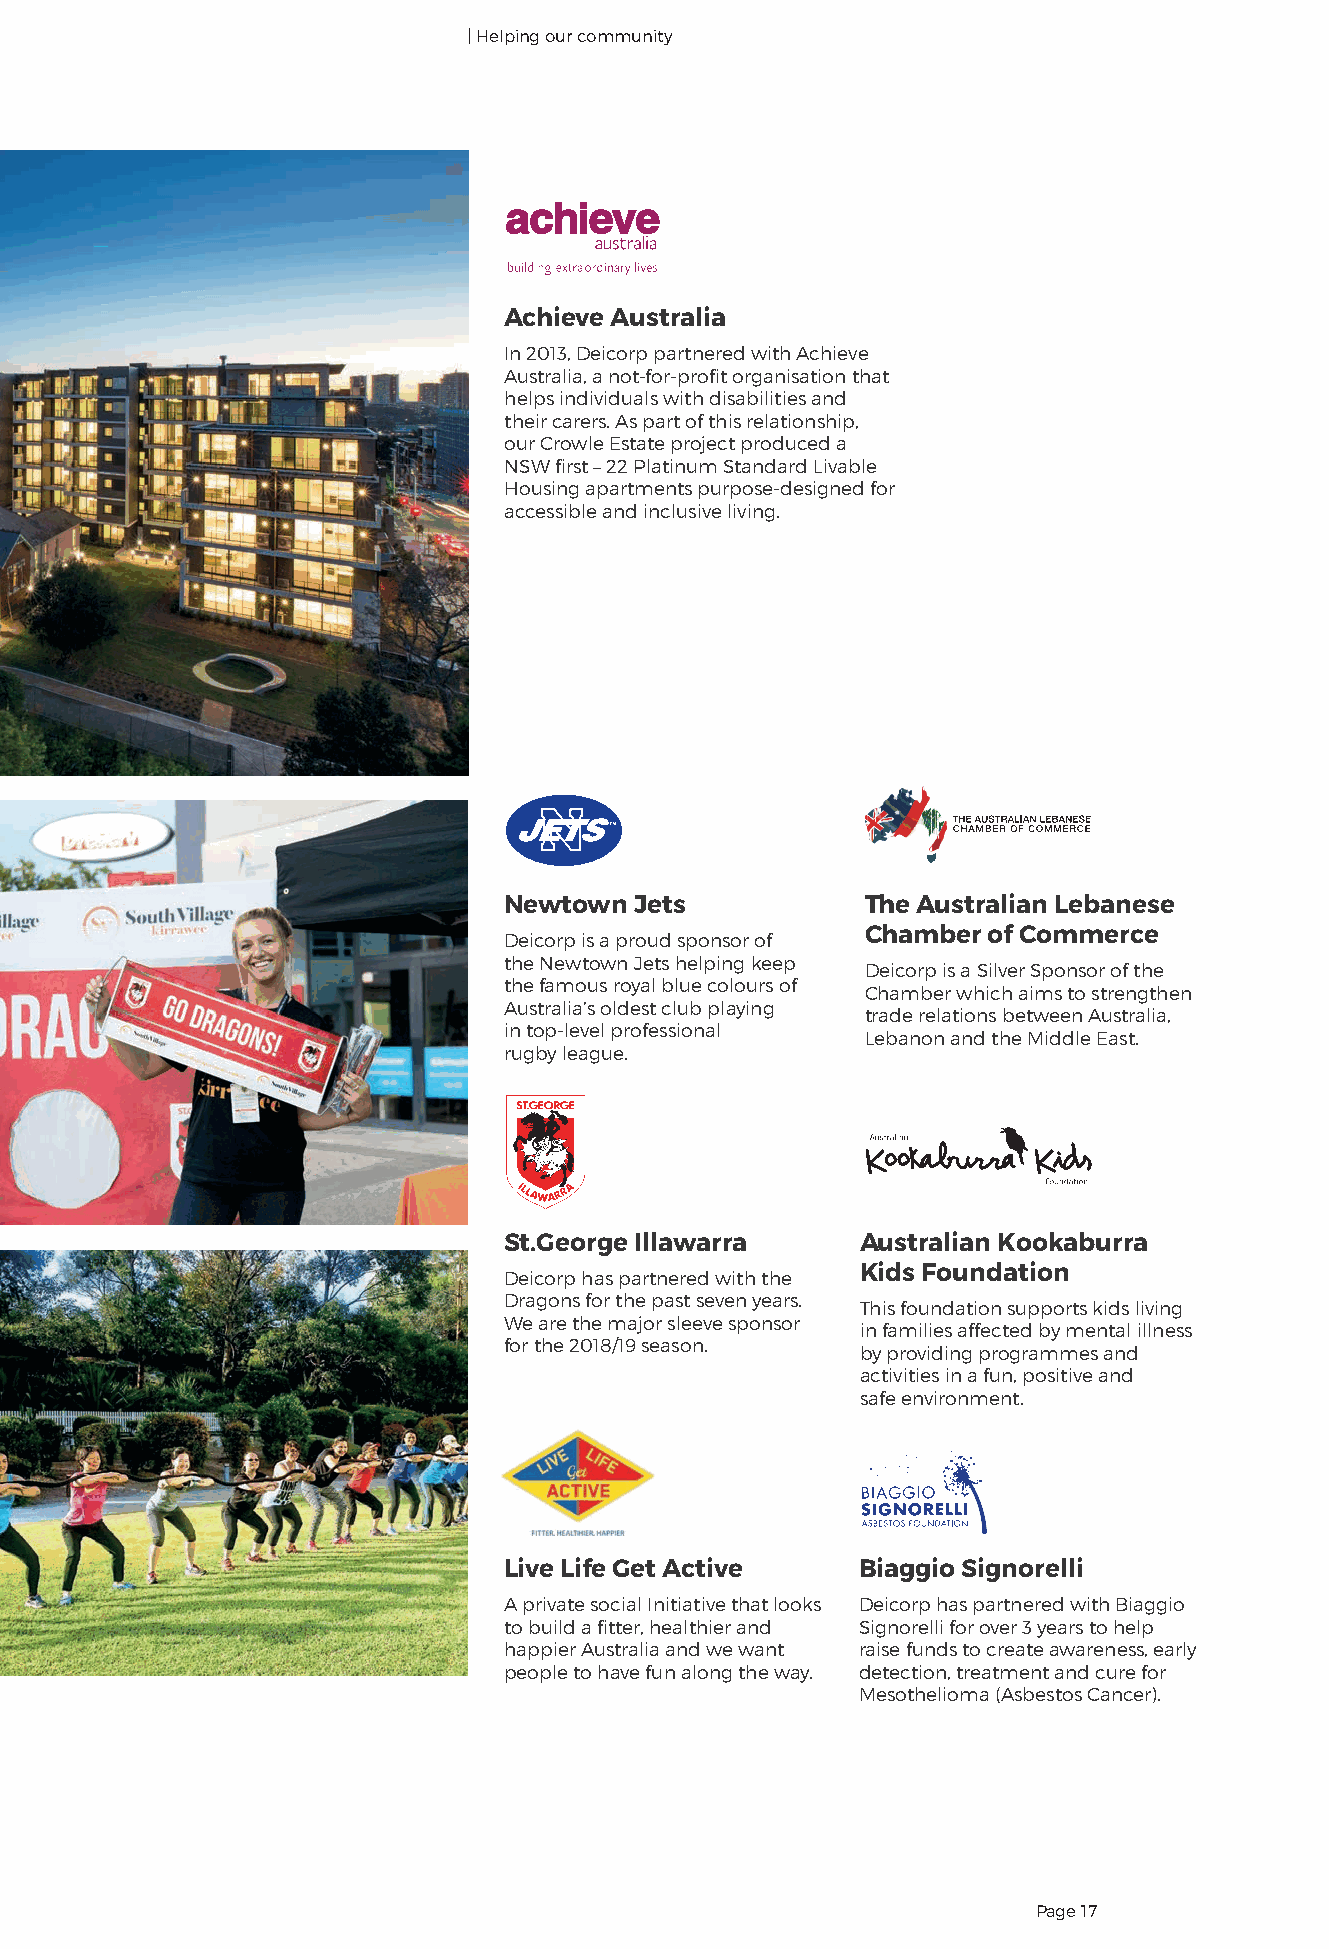
| Helping our community
 Achieve Australia
 In 2013, Deicorp partnered with Achieve
 Australia, a not-for-profit organisation that
 helps individuals with disabilities and
 their carers. As part of this relationship,
 our Crowle Estate project produced a
 NSW first – 22 Platinum Standard Livable
 Housing apartments purpose-designed for
 accessible and inclusive living.
 Newtown  Jets           The Australian Lebanese
 Chamber of Commerce
 Deicorp is a proud sponsor of
 the Newtown Jets helping keep
 Deicorp is a Silver Sponsor of the
 the famous royal blue colours of
 Chamber which aims to strengthen
 Australia’s oldest club playing
 trade relations between Australia,
 in top-level professional
 Lebanon and the Middle East.
 rugby league.
 St.George Illawarra     Australian Kookaburra
 Kids Foundation
 Deicorp has partnered with the
 Dragons for the past seven years.
 This foundation supports kids living
 We are the major sleeve sponsor
 in families affected by mental illness
 for the 2018/19 season.
 by providing programmes and
 activities in a fun, positive and
 safe environment.
 Live Life Get Active    Biaggio Signorelli
 A private social Initiative that looks Deicorp has partnered with Biaggio
 to build a fitter, healthier and Signorelli for over 3 years to help
 happier Australia and we want raise funds to create awareness, early
 people to have fun along the way. detection, treatment and cure for
 Mesothelioma (Asbestos Cancer).
 Page 17